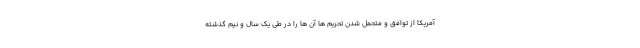
آمریکا از توافق و متحمل شدن تحریم ها آن ها را در طی یک سال و نیم گذشته